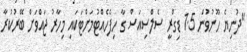
"ދުނިޔެ ހޫނުވުން 1.5 ޑިގްރީ ސެލްސިއަސް ގާ ހިފެހެއްޓުމަށްޓަކައި މިހާރު ޖައްވަށް ބޭރުކުރާ